Report on horse surra - Volume II, Part II
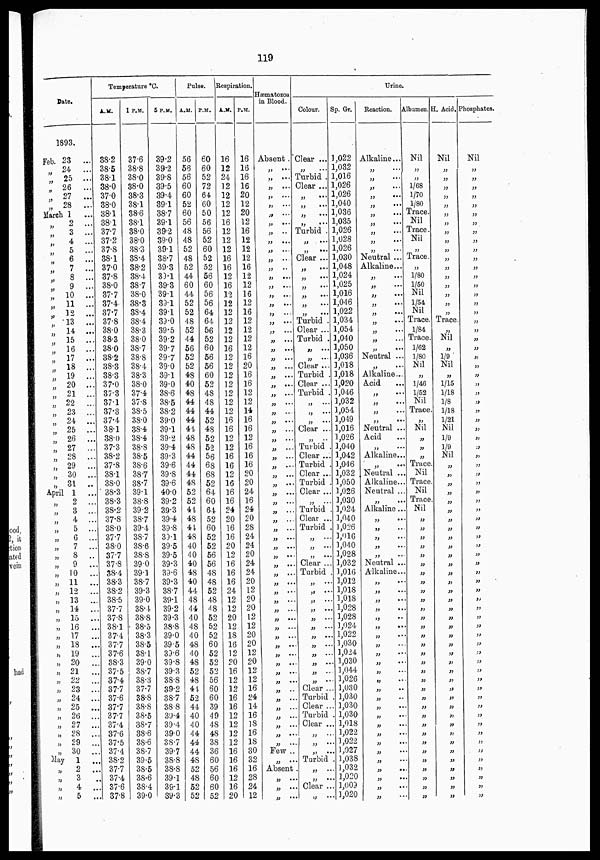
119
Date.
1893.
Feb.
„
„
„
„
„
23 ...
24
...
25 ...
26
...
27
...
28 ...
March 1
„
„
„
„
„
„
„
„
„
„
„
„
„
„
„
„
„
„
„
„
„
„
„
„
„
„
„
„
„
„
April
„
„
„
„
„
„
„
„
„
„
„
„
„
„
„
„
„
„
„
„
„
„
„
„
„
„
„
„
„
May
„
„
„
„
2 ...
3 ...
4 ...
5 ...
6 ...
7 ...
8 ...
9 ...
10 ...
11 ...
12 ...
13 ...
14 ...
15 ...
16 ...
17 ...
18 ...
19 ...
20 ...
21 ...
22 ...
23 ...
24 ...
25 ...
26 ...
27 ...
28 ...
29 ...
30 ...
31 ..
1
...
2 ...
3 ...
4 ...
5 ...
6 ...
7 ...
8 ..
9
..
10 ..
11 ..
12 ..
13 ..
14 ..
15 ..
16
..
17
..
18 ..
19 ..
20 ..
21
..
22 ..
23 ..
24 ..
25 ..
26 ..
27 ..
28 ..
29 ..
30 ..
1
..
2 ..
3
4 ..
5
..
Temperature °C.
A.M.
38.2
38.5
38.1
38.0
37.0
38.0
38.1
38.1
37.7
37.2
37.8
38.1
37.0
37.8
38.0
37.7
37.4
37.7
37.8
38.0
38.3
38.0
38.2
38.3
38.3
37.0
37.3
37.1
37.3
37.4
38.1
38.0
37.3
38.2
37.8
38.1
38.0
38.3
38.3
38.2
37.8
38.0
37.7
38.0
37.7
37.8
38.4
38.3
38.2
38.5
37.7
37.8
38.1
37.4
37.7
37.6
38.3
37.5
37.4
37.7
37.6
37.7
37.7
37.4
37.6
37.5
37.4
38.2
37.7
37.4
37.6
37.8
1 P.M.
37.6
38.8
38.0
38.0
38.3
38.1
38.6
38.1
38.0
38.0
38.3
38.4
38.2
38.4
38.7
38.0
38.3
38.4
38.4
38.3
38.0
38.7
38.8
38.4
38.3
38.0
37.4
37.8
38.5
38.0
38.4
38.4
38.8
38.5
38.6
38.7
38.7
39.1
38.8
39.2
38.7
39.4
38.7
38.6
38.8
39.0
39.1
38.7
39.3
39.0
38.4
38.8
38.5
38.3
38.5
38.1
39.0
38.7
38.3
37.7
38.8
38.8
38.5
38.7
38.6
38.6
38.7
39.5
38.5
38.6
38.4
39.0
5 P.M.
39.2
39.2
39.8
39.5
39.4
39.1
38.7
39.1
39.2
39.0
39.1
38.7
39.3
39.1
39.3
39.1
39.1
39.1
39.0
39.5
39.2
39.7
39.7
39.0
39.1
39.0
38.6
38.5
38.2
39.0
39.1
39.2
39.4
39.3
39.6
39.8
39.6
40.0
39.2
39.3
39.4
39.8
39.1
39.5
39.5
39.3
39.6
39.3
38.7
39.1
39.2
39.3
38.8
39.0
39.5
39.6
39.8
39.3
38.8
39.2
38.7
38.8
39.4
39.4
39.0
38.7
39.7
38.8
38.8
39.1
39.1
39.3
Pulse.
A.M.
56
56
56
60
60
52
60
56
48
48
52
48
52
44
60
44
52
52
48
52
44
56
52
52
48
40
48
44
44
44
41
48
48
44
44
44
48
52
52
44
48
41
48
40
40
40
48
40
44
48
44
40
48
40
48
40
48
52
48
41
52
44
40
40
44
44
44
48
52
48
52
52
P.M.
60
60
52
72
64
60
50
56
56
52
60
52
52
56
60
56
56
64
64
56
52
60
56
56
60
52
48
48
44
52
48
52
52
56
68
68
52
64
60
64
52
60
52
52
56
56
48
48
52
48
48
52
52
52
60
52
52
52
56
60
60
39
49
48
48
38
36
60
56
60
60
52
Respiration.
A.M.
16
12
24
12
12
12
12
16
12
12
12
16
16
12
16
12
12
12
12
12
12
16
12
12
12
12
12
12
12
16
16
12
12
16
16
12
16
16
16
24
20
16
16
20
12
16
16
16
24
12
12
20
12
18
16
12
20
16
12
12
16
16
12
12
12
12
16
16
16
12
16
20
P.M.
16
16
16
16
20
12
20
12
16
12
12
12
16
12
12
16
12
16
12
12
12
12
16
20
16
16
12
12
14
16
36
12
16
16
16
20
20
24
16
24
20
28
24
24
20
24
24
20
12
20
20
12
12
20
20
12
20
12
12
16
24
14
16
18
16
18
30
32
16
28
24
12
Hæmatozoa
in Blood.
Absent .
„ ...
„ ...
„ ...
„ ...
„ ...
„ ...
„ ...
„ ...
„ ...
„ ...
„ ...
„ ...
„ ...
„ ...
„ ...
„ ...
„ ...
„ ...
„ ...
„ ...
„ ...
„ ...
„ ...
„ ...
„ ...
„ ...
„ ...
„ ...
„ ...
„ ...
„ ...
„ ...
„ ...
„ ...
„ ...
„ ...
„ ...
„ ...
„ ...
„ ...
„ ...
„ ...
„ ...
„ ...
„ ...
„ ...
„ ...
„ ...
„ ...
„ ...
„ ...
„ ...
„ ...
„ ...
„ ...
„ ...
„ ...
„ ...
„ ...
„ ...
„ ...
„ ...
„ ...
„ ...
„ ...
„ Few
„ ...
Absent
„ ...
„ ...
„ ...
Urine.
Colour.
Clear ...
„ ...
Turbid .
Clear ...
„ ...
„ ...
„ ...
„ ...
Turbid .
„ ...
„ ...
Clear ...
„ ...
„ ...
„ ...
„ ...
„ ...
„ ...
Turbid .
Clear ...
Turbid .
„ ...
„ ...
Clear ...
Turbid .
Clear ...
Turbid .
„ ...
„ ...
„ ...
Clear ...
„ ...
Turbid .
Clear ...
Turbid .
Clear ...
Turbid .
Clear ...
„ ...
Turbid .
Clear ...
Turbid .
„ ...
„ ...
„ ...
Clear ...
Turbid .
„ ...
„ ...
„ ...
„ ...
„ ...
„ ...
„ ...
„ ...
„ ...
„ ...
„ ...
„ ...
Clear ..
Turbid
Clear ..
Turbid
Clear ..
„ ...
„ ...
„ ...
Turbid
„ ...
„ ...
Clear ...
„ ...
Sp. Gr.
1,022
1,032
1,016
1,026
1,026
1,040
1,036
1,035
1,026
1,028
1,026
1,030
1,048
1,024
1,025
1,016
1,046
1,022
1,034
1,054
1,040
1,050
1,036
1,018
1,018
1,020
1,046
1,032
1,054
1,049
1,016
1,026
1,040
1,042
1,046
1,032
1,050
1,026
3,030
1,024
1,040
1,026
1,016
1,040
1,028
1,032
1,016
1,012
1,018
1,018
1,028
1,028
1,024
1,022
1,030
1,024
1,030
1,044
1,026
1,030
1,030
1,030
1,030
1,018
1,022
1,022
1,027
1,038
1,032
1,020
1,009
1,020
Reaction.
Alkaline...
„ ...
„ ...
„ ...
„ ...
„ ...
„ ...
„ ...
„
...
„
...
„
...
Neutral ...
Alkaline...
„ ...
„ ...
„ ...
„
...
„
...
„
...
„
...
„ ...
„ ...
Neutral ...
„ ...
Alkaline...
Acid
„ ...
„
...
„ ...
„ ...
Neutral ...
Acid
„
Alkaline...
„ ...
Neutral ...
Alkaline...
Neutral ...
„ ...
Alkaline...
„ ...
„ ...
„ ...
„ ...
„ ...
Neutral ...
Alkaline...
„
...
„ ...
„ ...
„ ...
„ ...
„ ...
„ ...
„ ...
„
...
„ ...
„ ...
„ ...
„ ...
„ ...
„ ...
„ ...
„ ...
„ ...
„ ...
„ ...
„ ...
„ ...
„ ...
„ ...
„ ...
Albumen.
Nil
„
„
1/68
1/70
1/80
Trace.
Nil
Trace.
Nil
„
Trace.
„
1/80
1/50
Nil
1/54
Nil
Trace.
1/84
Trace.
1/62
1/80
Nil
„
1/46
1/52
Nil
Trace.
„
Nil
„
„
„
Trace.
Nil
Trace.
Nil
Trace.
Nil
„
„
„
„
„
„
„
„
„
„
„
„
„
„
„
„
„
„
„
„
„
„
„
„
„
„
„
„
„
„
„
„
H. Acid.
Nil
„
„
„
„
„
„
„
„
„
„
„
„
„
„
„
„
„
Trace.
„
Nil
„
1/9
Nil
„
1/15
1/18
⅛
1/18
1/21
Nil
1/9
1/9
Nil
„
„
„
„
„
„
„
„
„
„
„
„
„
„
„
„
„
„
„
„
„
„
„
„
„
„
„
„
„
„
„
„
„
„
„
„
„
„
Phosphates.
Nil
„
„
„
„
„
„
„
„
„
„
„
„
„
„
„
„
„
„
„
„
„
„
„
„
„
„
„
„
„
„
„
„
„
„
„
„
„
„
„
„
„
„
„
„
„
„
„
„
„
„
„
„
„
„
„
„
„
„
„
„
„
„
„
„
„
„
„
„
„
„
„